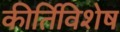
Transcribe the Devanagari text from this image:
कीर्तिविशेष